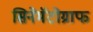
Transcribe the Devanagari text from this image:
सिनेमॅटोग्राफ